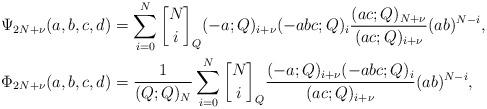
LaTeX: \begin{align*}\Psi_{2N+\nu}(a,b,c,d) &=\sum_{i=0}^N \genfrac{[}{]}{0pt}{}{N}{i}_{Q} (-a;Q)_{i+\nu}(-abc;Q)_{i} \frac{(ac;Q)_{N+\nu}}{(ac;Q)_{i+\nu}}(ab)^{N-i},\\\Phi_{2N+\nu}(a,b,c,d) &=\frac{1}{(Q;Q)_{N}}\sum_{i=0}^N \genfrac{[}{]}{0pt}{}{N}{i}_{Q} \frac{(-a;Q)_{i+\nu}(-abc;Q)_{i} }{(ac;Q)_{i+\nu}}(ab)^{N-i},\end{align*}